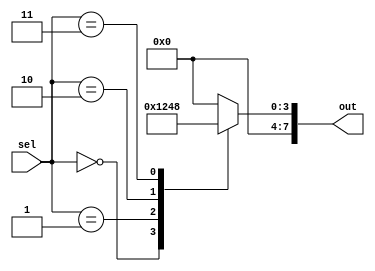
module parallel_case_statement (
    input wire [3:0] sel,
    output reg [7:0] out
);

always @*
begin
    case(sel)
        4'b0000: out = 8'b00000001;
        4'b0001: out = 8'b00000010;
        4'b0010: out = 8'b00000100;
        4'b0011: out = 8'b00001000;
        default: out = 8'b00000000;
    endcase
end

endmodule